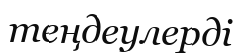
теңдеулерді